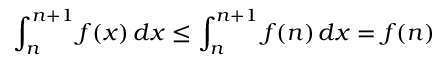
\int _ { n } ^ { n + 1 } f ( x ) \, d x \leq \int _ { n } ^ { n + 1 } f ( n ) \, d x = f ( n )